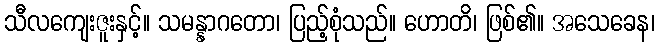
သီလကျေးဇူးနှင့်။ သမန္နာဂတော၊ ပြည့်စုံသည်။ ဟောတိ၊ ဖြစ်၏။ အသေခေန၊